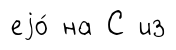
еjо́ на С из